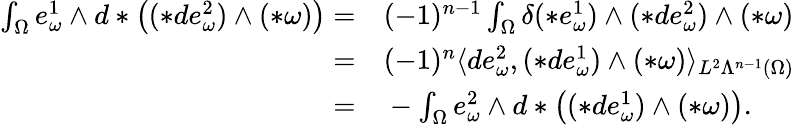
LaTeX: \begin{array}{rl}{\int_{\Omega}e_{\omega}^{1}\wedge d\ast\big((\ast de_{\omega}^{2})\wedge(\ast\omega)\big)=}&{{}(-1)^{n-1}\int_{\Omega}\delta(\ast e_{\omega}^{1})\wedge(\ast de_{\omega}^{2})\wedge(\ast\omega)}\\ {=}&{{}(-1)^{n}\langle de_{\omega}^{2},(\ast de_{\omega}^{1})\wedge(\ast\omega)\rangle_{L^{2}\Lambda^{n-1}(\Omega)}}\\ {=}&{{}-\int_{\Omega}e_{\omega}^{2}\wedge d\ast\big((\ast de_{\omega}^{1})\wedge(\ast\omega)\big).}\end{array}